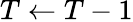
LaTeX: T\gets T-1